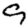
Digit: 9